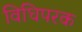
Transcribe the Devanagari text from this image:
विधिपरक